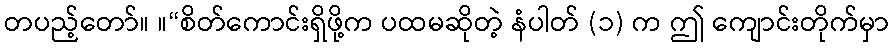
တပည့်တော်။ ။“စိတ်ကောင်းရှိဖို့က ပထမဆိုတဲ့ နံပါတ် (၁) က ဤ ကျောင်းတိုက်မှာ